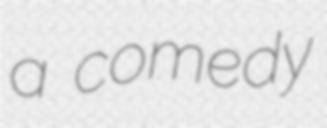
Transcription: a comedy